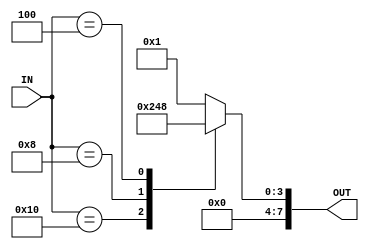
module CUSTOM_MUX #(parameter D_WIDTH = 8)(

input	wire	[5:0]	IN,
output	reg	[D_WIDTH-1:0] OUT

);

always@(*)
begin

case(IN)

6'd32: OUT = 'd1; 
6'd16: OUT = 'd2;
6'd8:  OUT = 'd4;
6'd4:  OUT = 'd8;

default: OUT = 'b1;


endcase

end

endmodule